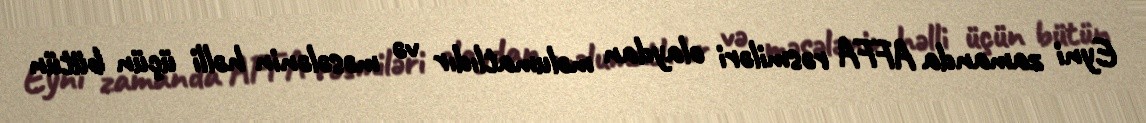
Eyni zamanda AFFA rəsmiləri olaydan məlumatlıdır və məsələnin həlli üçün bütün